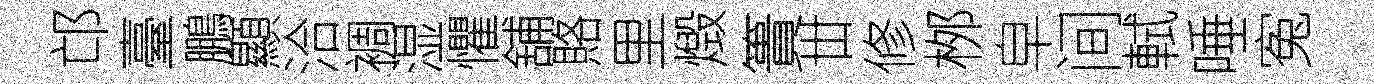
邙臺鵬顯洽裯湿懼舖賂里燬簣丗修桞皁间軾唾寃